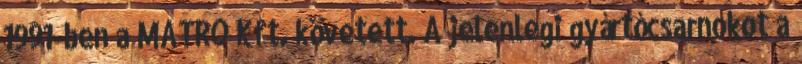
1991-ben a MATRO Kft. követett. A jelenlegi gyártócsarnokot a